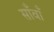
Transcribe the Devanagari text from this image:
साँवाँ